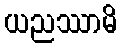
ယညဿာမိ